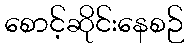
စောင့်ဆိုင်းနေစဉ်